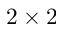
2 \times 2